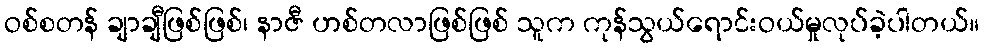
ဝစ်စတန် ချာချီဖြစ်ဖြစ်၊ နာဇီ ဟစ်တလာဖြစ်ဖြစ် သူက ကုန်သွယ်ရောင်းဝယ်မှုလုပ်ခဲ့ပါတယ်။